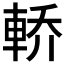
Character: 𲄶